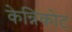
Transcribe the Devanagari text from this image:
केन्निकोट